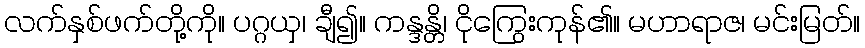
လက်နှစ်ဖက်တို့ကို။ ပဂ္ဂယှ၊ ချီ၍။ ကန္ဒန္တိ၊ ငိုကြွေးကုန်၏။ မဟာရာဇ၊ မင်းမြတ်။